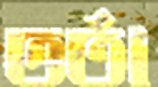
ভর্তা